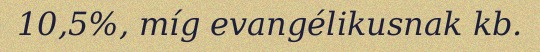
10,5%, míg evangélikusnak kb.